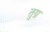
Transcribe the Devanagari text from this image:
तुग्र